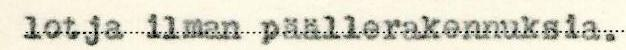
lotja ilman päällerakennuksia.